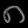
Digit: ၈